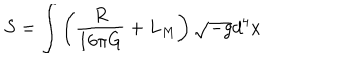
S = \int \left( \frac { R } { 1 6 \pi G } + L _ { M } \right) \sqrt { - g } d ^ { 4 } x \